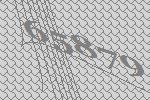
65879